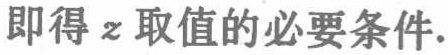
即得 \(z\) 取值的必要条件.